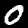
Label: 0